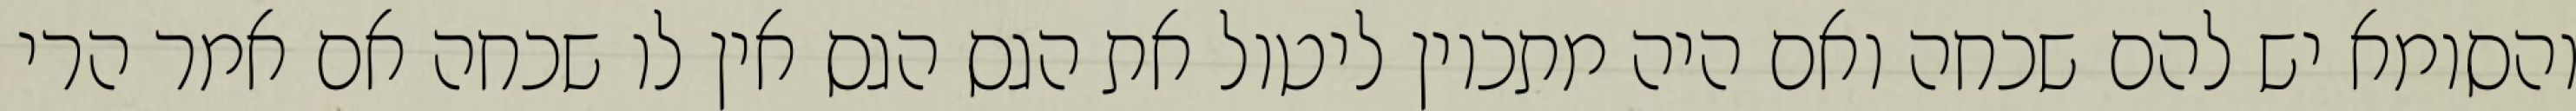
והסומא יש להם שכחה ואם היה מתכוין ליטול את הגס הגס אין לו שכחה אם אמר הרי